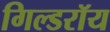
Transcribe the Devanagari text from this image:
गिल्डरॉय